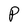
Character: P